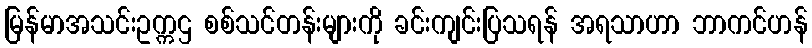
မြန်မာအသင်းဥက္ကဌ စစ်သင်တန်းများကို ခင်းကျင်းပြသရန် အရသာဟာ ဘာကင်ဟန်